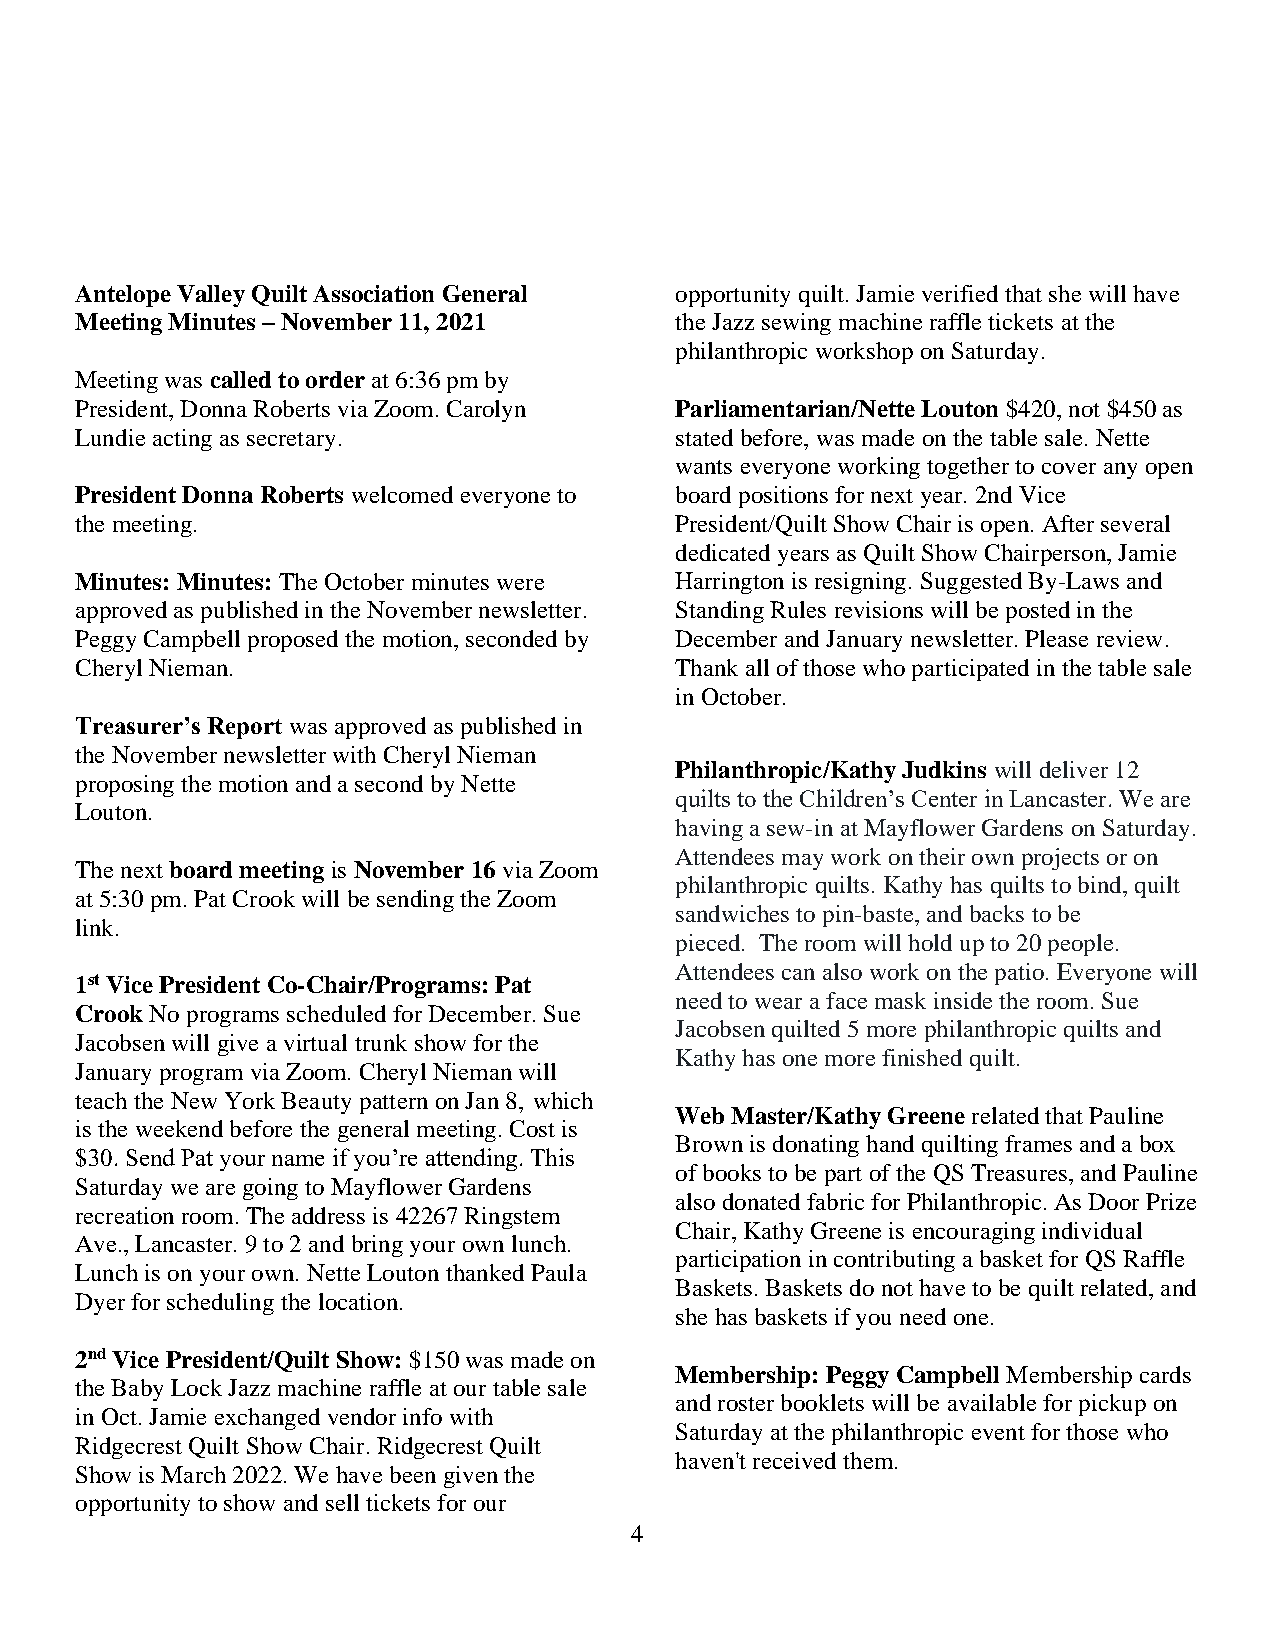
Antelope Valley Quilt Association General opportunity quilt. Jamie verified that she will have
 Meeting Minutes – November 11, 2021     the Jazz sewing machine raffle tickets at the
 philanthropic workshop on Saturday.
 Meeting was called to order at 6:36 pm by
 President, Donna Roberts via Zoom. Carolyn Parliamentarian/Nette Louton $420, not $450 as
 Lundie acting as secretary.             stated before, was made on the table sale. Nette
 wants everyone working together to cover any open
 President Donna Roberts welcomed everyone to board positions for next year. 2nd Vice
 the meeting.                            President/Quilt Show Chair is open. After several
 dedicated years as Quilt Show Chairperson, Jamie
 Minutes: Minutes: The October minutes were Harrington is resigning. Suggested By-Laws and
 approved as published in the November newsletter. Standing Rules revisions will be posted in the
 Peggy Campbell proposed the motion, seconded by December and January newsletter. Please review.
 Cheryl Nieman.                          Thank all of those who participated in the table sale
 in October.
 Treasurer’s Report was approved as published in
 the November newsletter with Cheryl Nieman
 Philanthropic/Kathy Judkins will deliver 12
 proposing the motion and a second by Nette
 quilts to the Children’s Center in Lancaster. We are
 Louton.
 having a sew-in at Mayflower Gardens on Saturday.
 Attendees may work on their own projects or on
 The next board meeting is November 16 via Zoom
 philanthropic quilts. Kathy has quilts to bind, quilt
 at 5:30 pm. Pat Crook will be sending the Zoom
 sandwiches to pin-baste, and backs to be
 link.
 pieced. The room will hold up to 20 people.
 Attendees can also work on the patio. Everyone will
 1st Vice President Co-Chair/Programs: Pat
 need to wear a face mask inside the room. Sue
 Crook No programs scheduled for December. Sue
 Jacobsen quilted 5 more philanthropic quilts and
 Jacobsen will give a virtual trunk show for the
 Kathy has one more finished quilt.
 January program via Zoom. Cheryl Nieman will
 teach the New York Beauty pattern on Jan 8, which
 Web Master/Kathy Greene related that Pauline
 is the weekend before the general meeting. Cost is
 Brown is donating hand quilting frames and a box
 $30. Send Pat your name if you’re attending. This
 of books to be part of the QS Treasures, and Pauline
 Saturday we are going to Mayflower Gardens
 also donated fabric for Philanthropic. As Door Prize
 recreation room. The address is 42267 Ringstem
 Chair, Kathy Greene is encouraging individual
 Ave., Lancaster. 9 to 2 and bring your own lunch.
 participation in contributing a basket for QS Raffle
 Lunch is on your own. Nette Louton thanked Paula
 Baskets. Baskets do not have to be quilt related, and
 Dyer for scheduling the location.
 she has baskets if you need one.
 2nd Vice President/Quilt Show: $150 was made on
 Membership: Peggy Campbell Membership cards
 the Baby Lock Jazz machine raffle at our table sale
 and roster booklets will be available for pickup on
 in Oct. Jamie exchanged vendor info with
 Saturday at the philanthropic event for those who
 Ridgecrest Quilt Show Chair. Ridgecrest Quilt
 haven't received them.
 Show is March 2022. We have been given the
 opportunity to show and sell tickets for our
 4